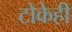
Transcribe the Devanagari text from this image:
टोकेही